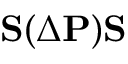
{ \bf S } ( \Delta { \bf P } ) { \bf S }